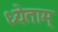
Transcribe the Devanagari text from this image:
ध्येताम्